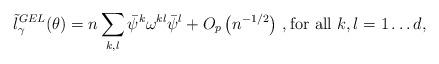
LaTeX: \begin{align*}\tilde{l}^{GEL}_{\gamma}(\theta) = n\sum_{k,l} \bar{\psi}^k \omega^{kl}\bar{\psi}^l + O_p \left(n^{-1/2}\right) \,, \textrm{for all } k,l = 1\ldots d, \end{align*}